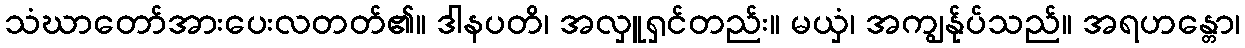
သံဃာတော်အားပေးလတတ်၏။ ဒါနပတိ၊ အလှူရှင်တည်း။ မယှံ၊ အကျွန်ုပ်သည်။ အရဟန္တော၊